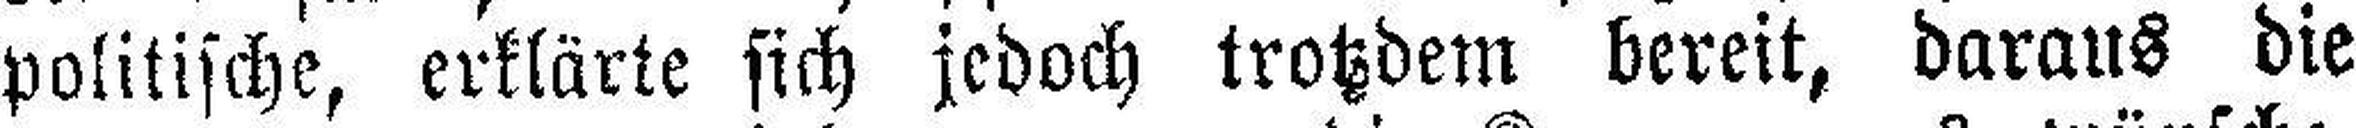
politische, erklärte sich jedoch trotzdem bereit, daraus die